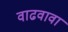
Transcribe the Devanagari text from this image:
वाढवावा